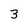
Character: 3